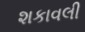
શકાવલી